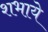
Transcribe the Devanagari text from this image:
शभाये